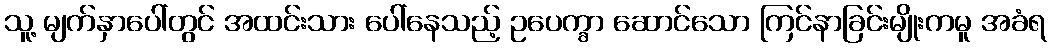
သူ့ မျက်နှာပေါ်တွင် အထင်းသား ပေါ်နေသည့် ဥပေက္ခာ ဆောင်သော ကြင်နာခြင်းမျိုးကမူ အခံရ